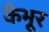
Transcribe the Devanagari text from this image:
कैभूर